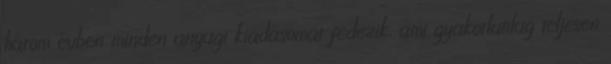
három évben minden anyagi kiadásomat fedezik, ami gyakorlatilag teljesen